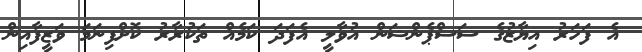
އެ ފަހަރު އިޔާޒުގެ ސަސްޕެންޝަން އުވާލީ އެފަދަ ކަމެއް ތަކުރާރު ކޮށްފިނަމަ ވަޒީފާއިން